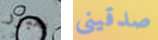
بعبور صدقينى